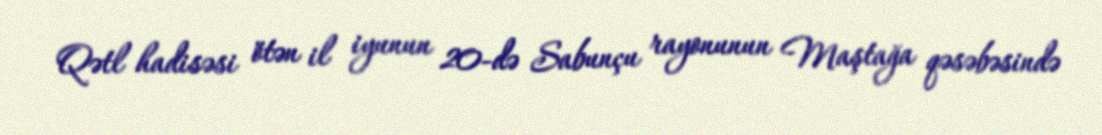
Qətl hadisəsi ötən il iyunun 20-də Sabunçu rayonunun Maştağa qəsəbəsində